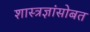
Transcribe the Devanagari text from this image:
शास्त्रज्ञांसोबत